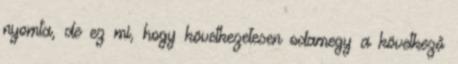
nyomta, de ez mi, hogy következetesen odamegy a következő